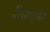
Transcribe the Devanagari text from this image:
तिच्यातफेर्